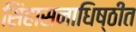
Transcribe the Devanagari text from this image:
सिंहासनाधिष्ठीत